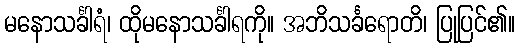
မနောသင်္ခါရံ၊ ထိုမနောသင်္ခါရကို။ အဘိသင်္ခရောတိ၊ ပြုပြင်၏။